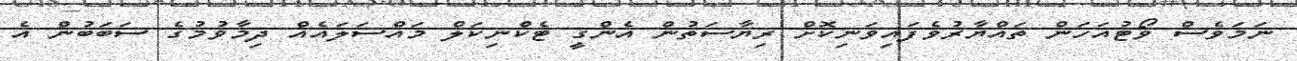
ނަމަވެސް ވޯޓުއަހަން ތައްޔާރުވެފައިވަނިކޮށް ރިޔާސަތުން އެންގީ ޓެކްނިކަލް މައްސަލައެއް ދިމާވުމުގެ ސަބަބުން އެ